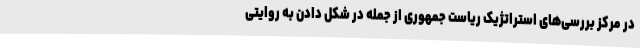
در مرکز بررسی‌های استراتژیک ریاست جمهوری از جمله در شکل دادن به روایتی